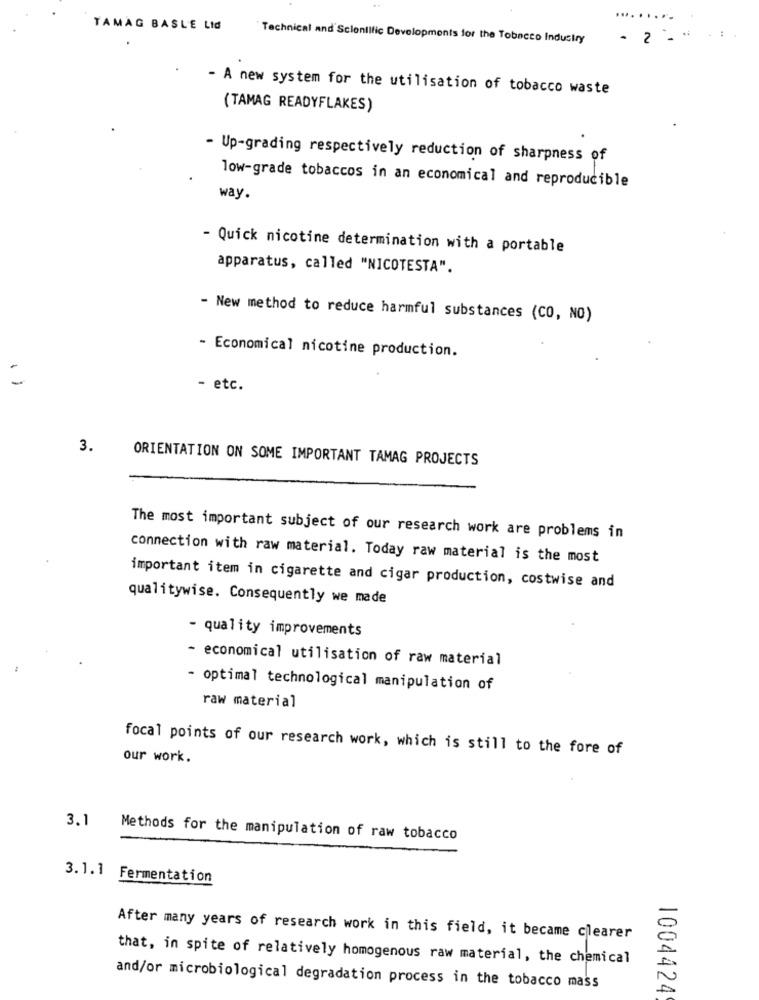
TAMAG BASLE Lid
Technical and Scientific Developments for the Tobacco Industry
2 -
- A new system for the utilisation of tobacco waste
(TAMAG READYFLAKES)
- Up-grading respectively reduction of sharpness of
low-grade tobaccos in an economical and reproducible
way.
- Quick nicotine determination with a portable
apparatus, called "NICOTESTA".
- New method to reduce harmful substances (CO, NO)
- Economical nicotine production.
- etc.
3.
ORIENTATION ON SOME IMPORTANT TAMAG PROJECTS
The most important subject of our research work are problems in
connection with raw material. Today raw material is the most
important item in cigarette and cigar production, costwise and
qualitywise. Consequently we made
- quality improvements
- economical utilisation of raw material
- optimal technological manipulation of
raw material
focal points of our research work, which is still to the fore of
our work.
3.1
Methods for the manipulation of raw tobacco
3.1.1 Fermentation
After many years of research work in this field, it became clearer
that, in spite of relatively homogenous raw material, the chemical
and/or microbiological degradation process in the tobacco mass
1004424